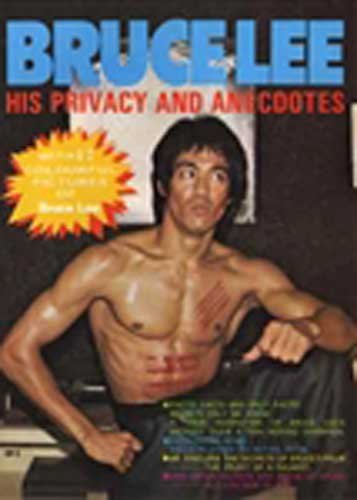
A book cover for Bruce Lee His Privacy and Anecdotes; HK Magazine; Humor & Entertainment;